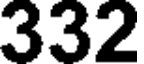
332